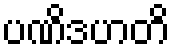
ပဏိဒဟတိ